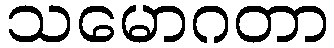
သမောဂတာ